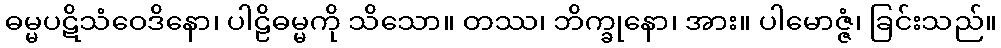
ဓမ္မပဋိသံဝေဒိနော၊ ပါဠိဓမ္မကို သိသော။ တဿ၊ ဘိက္ခုနော၊ အား။ ပါမောဇ္ဇံ၊ ခြင်းသည်။